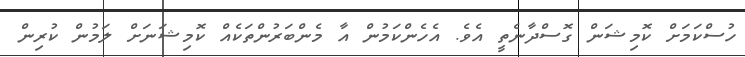
ހުސްކަމަށް ކޮމިޝަން ގޮސްދާނެތީ އެވެ. އެހެންކަމުން އާ މެންބަރުންތަކެއް ކޮމިޝަނަށް ލަމުން ކުރިން